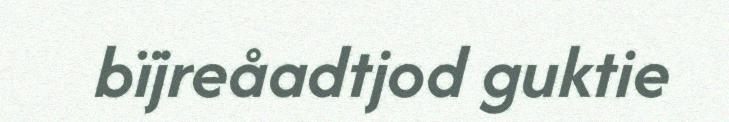
bïjreåadtjod guktie